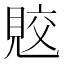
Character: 𧠭